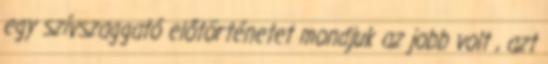
egy szívszaggató előtörténetet mondjuk az jobb volt , azt